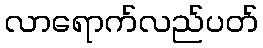
လာရောက်လည်ပတ်